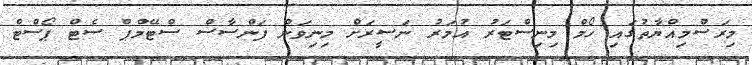
މިރަސްމިއްޔާތުގައި ހޯމް މިނިސްޓަރު އުމަރު ނަސީރަށް މިނިވަން ފަންސާސް ސްޓޭމްޕް ސެޓް ޕޯސްޓް